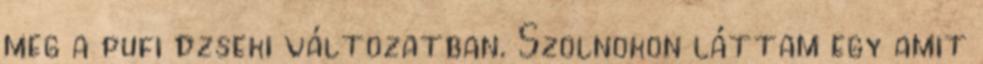
meg a pufi dzseki változatban. Szolnokon láttam egy amit